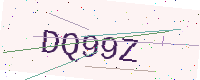
Text: DQ99Z